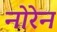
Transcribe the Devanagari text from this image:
नोरेन